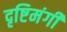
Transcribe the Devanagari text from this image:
दृष्टिमंगी